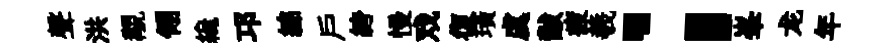
聲洪覯翎纔邛綿户絝慢戏復璜虞黻疲羲；峯龙年